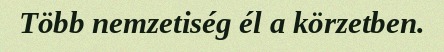
Több nemzetiség él a körzetben.